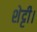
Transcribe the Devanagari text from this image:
शेट्टी।